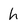
Character: h